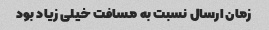
زمان ارسال نسبت به مسافت خیلی زیاد بود